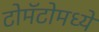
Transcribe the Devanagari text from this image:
टोमॅटोमध्ये